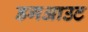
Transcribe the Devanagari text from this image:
डगआउट